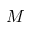
M